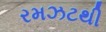
રમઝટથી